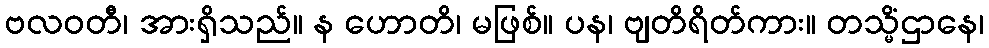
ဗလဝတီ၊ အားရှိသည်။ န ဟောတိ၊ မဖြစ်။ ပန၊ ဗျတိရိတ်ကား။ တသ္မိံဌာနေ၊